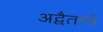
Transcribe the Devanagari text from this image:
अद्वैताचे